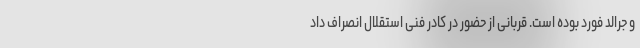
و جرالد فورد بوده است. قربانی از حضور در کادر فنی استقلال انصراف داد